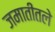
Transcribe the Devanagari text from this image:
जमातीतले